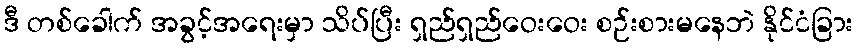
ဒီ တစ်ခေါက် အခွင့်အရေးမှာ သိပ်ပြီး ရှည်ရှည်ဝေးဝေး စဉ်းစားမနေဘဲ နိုင်ငံခြား